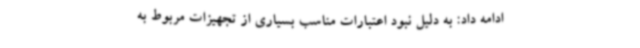
ادامه داد: به دلیل نبود اعتبارات مناسب بسیاری از تجهیزات مربوط به